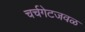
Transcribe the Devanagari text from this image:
चर्चगेटजवळ